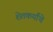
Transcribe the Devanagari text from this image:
शेतकर्यांचे